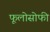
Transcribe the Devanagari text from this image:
फूलोसोफी